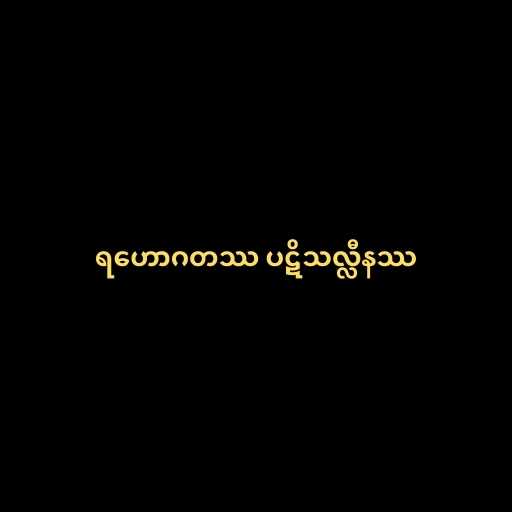
ရဟောဂတဿ ပဋိသလ္လီနဿ